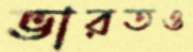
ভারতও